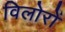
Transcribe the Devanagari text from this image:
विलोरों